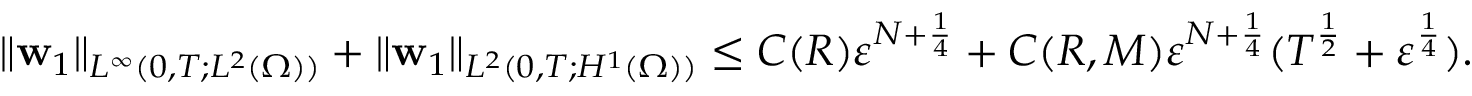
\| \mathbf { w } _ { 1 } \| _ { L ^ { \infty } ( 0 , T ; L ^ { 2 } ( \Omega ) ) } + \| \mathbf { w } _ { 1 } \| _ { L ^ { 2 } ( 0 , T ; H ^ { 1 } ( \Omega ) ) } \leq C ( R ) \ensuremath { \varepsilon } ^ { N + \frac { 1 } { 4 } } + C ( R , M ) \ensuremath { \varepsilon } ^ { N + \frac { 1 } { 4 } } ( T ^ { \frac 1 2 } + \ensuremath { \varepsilon } ^ { \frac 1 4 } ) .